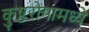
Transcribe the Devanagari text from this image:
कुष्ठरोगामध्ये